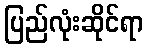
ပြည်လုံးဆိုင်ရာ